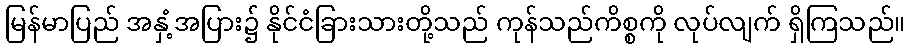
မြန်မာပြည် အနှံ့အပြား၌ နိုင်ငံခြားသားတို့သည် ကုန်သည်ကိစ္စကို လုပ်လျက် ရှိကြသည်။